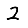
Digit: 2